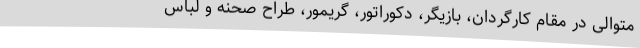
متوالی در مقام کارگردان، بازیگر، دکوراتور، گریمور، طراح صحنه و لباس